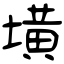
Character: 墴